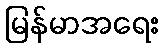
မြန်မာအရေး